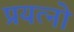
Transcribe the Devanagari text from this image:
प्रयत्नो